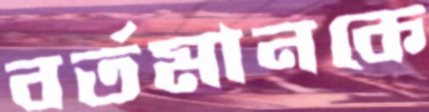
বর্তমানকে